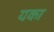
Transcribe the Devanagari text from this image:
यका